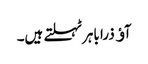
آﺅ ذرا باہرٹہلتے ہیں۔